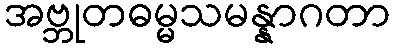
အဗ္ဘုတဓမ္မသမန္နာဂတာ